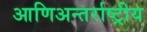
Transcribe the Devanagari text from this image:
आणिअन्तर्राष्ट्रीय